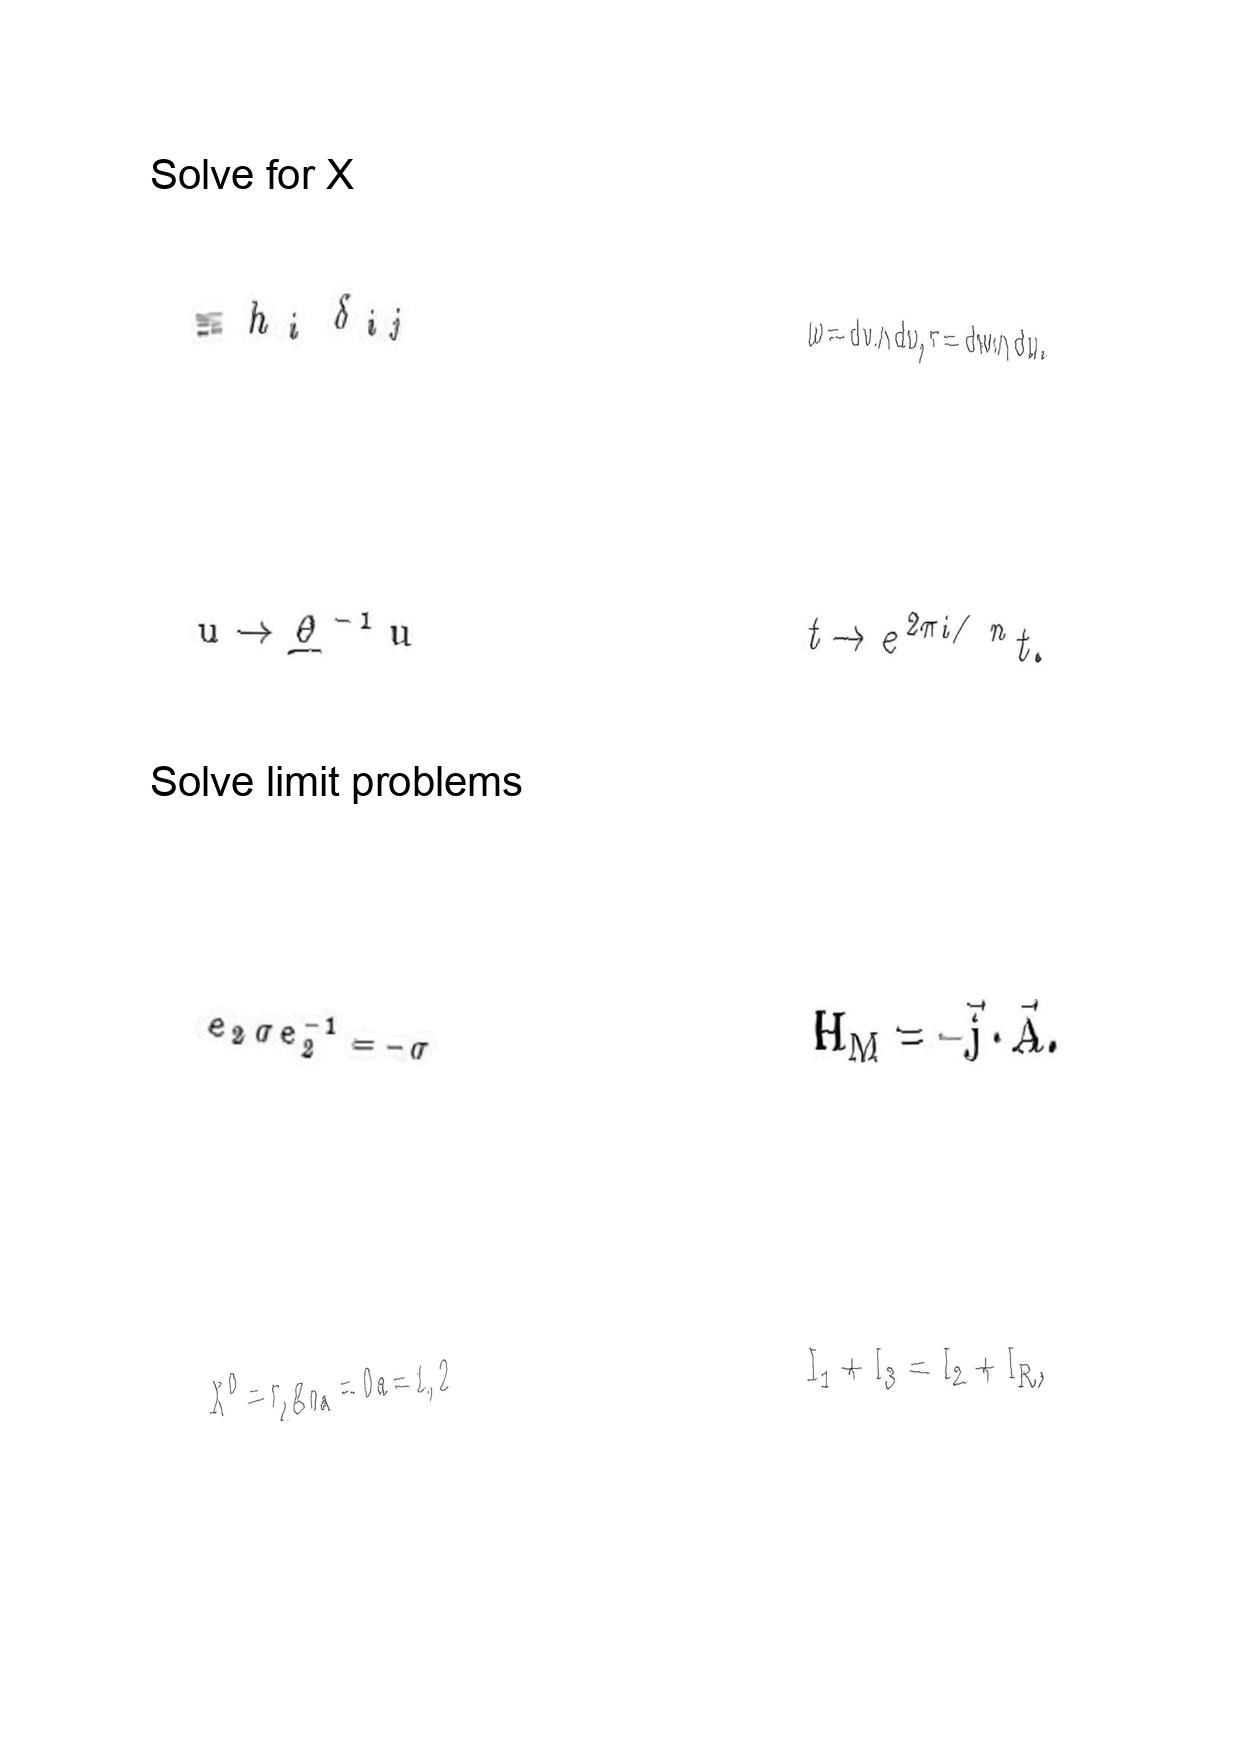
LaTeX transcription:
\equiv h _ { i } \delta _ { i j }
u \rightarrow \underline { \theta } ^ { - 1 } u
e _ { 2 } \sigma e _ { 2 } ^ { - 1 } = - \sigma
X ^ { 0 } = \tau , g _ { 0 a } = 0 a = 1 , 2
\omega = d v \wedge d u , \tau = d w \wedge d u .
t \rightarrow e ^ { 2 \pi i / n } t .
H _ { M } = - \vec { j } \cdot \vec { A } .
I _ { 1 } + I _ { 3 } = I _ { 2 } + I _ { R } ,